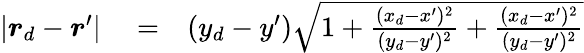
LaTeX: \begin{array}{rlr}{|\boldsymbol{r}_{d}-\boldsymbol{r}^{\prime}|}&{{}=}&{(y_{d}-y^{\prime})\sqrt{1+\frac{(x_{d}-x^{\prime})^{2}}{(y_{d}-y^{\prime})^{2}}+\frac{(x_{d}-x^{\prime})^{2}}{(y_{d}-y^{\prime})^{2}}}}\end{array}